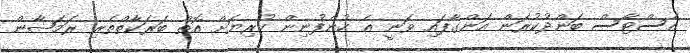
އެސްޓާސް ބަންދުކުރަން އަންގާފައި ވަނީ އެ ކުންފުނިން ކުރިޔަށް އޮތް ބަރަކާތްތެރި ރަމަޟާން